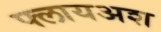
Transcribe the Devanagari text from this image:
फ्लायअश